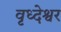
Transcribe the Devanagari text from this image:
वृध्देश्वर